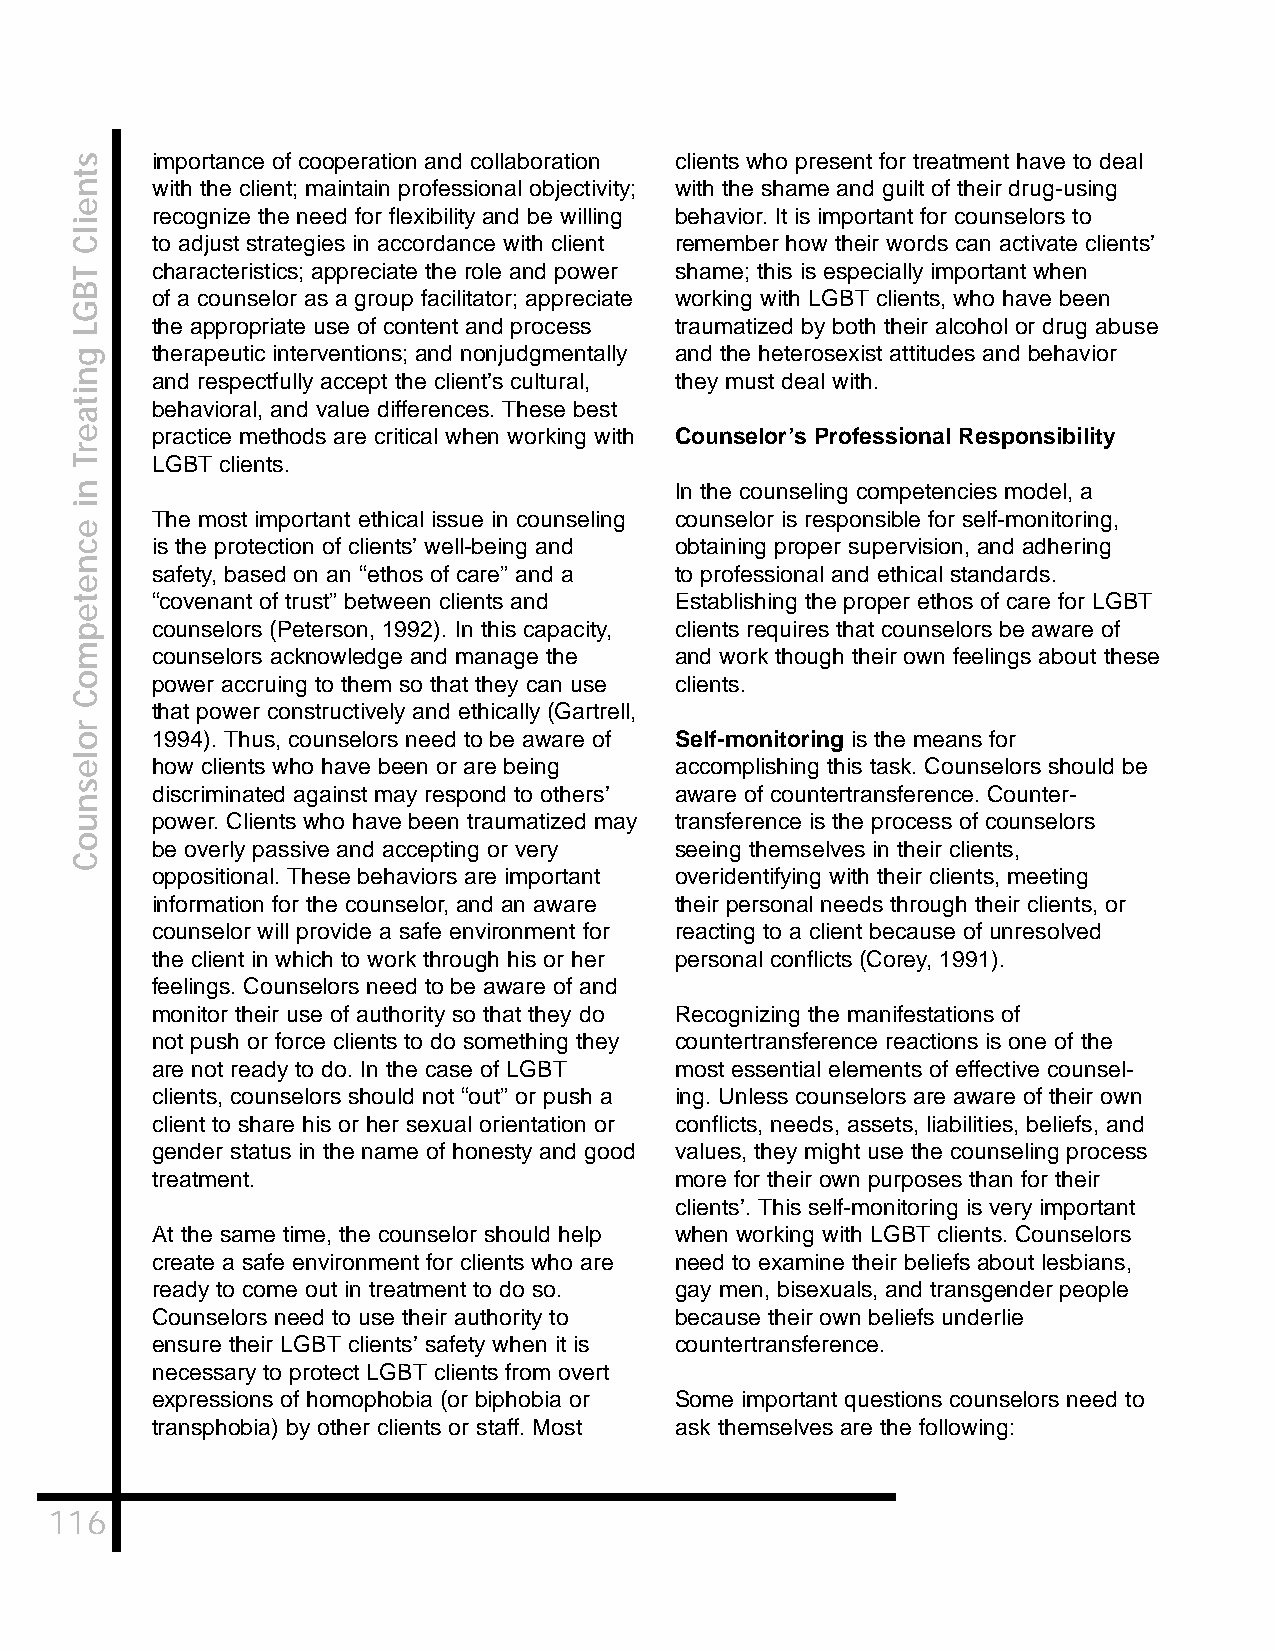
importance of cooperation and collaboration clients who present for treatment have to deal
 with the client; maintain professional objectivity; with the shame and guilt of their drug-using
 recognize the need for flexibility and be willing behavior. It is important for counselors to
 to adjust strategies in accordance with client remember how their words can activate clients’
 characteristics; appreciate the role and power shame; this is especially important when
 of a counselor as a group facilitator; appreciate working with LGBT clients, who have been
 the appropriate use of content and process traumatized by both their alcohol or drug abuse
 therapeutic interventions; and nonjudgmentally and the heterosexist attitudes and behavior
 and respectfully accept the client’s cultural, they must deal with.
 behavioral, and value differences. These best
 practice methods are critical when working with Counselor’s Professional Responsibility
 LGBT clients.
 In the counseling competencies model, a
 The most important ethical issue in counseling counselor is responsible for self-monitoring,
 is the protection of clients’ well-being and obtaining proper supervision, and adhering
 safety, based on an “ethos of care” and a to professional and ethical standards.
 “covenant of trust” between clients and Establishing the proper ethos of care for LGBT
 counselors (Peterson, 1992). In this capacity, clients requires that counselors be aware of
 counselors acknowledge and manage the and work though their own feelings about these
 power accruing to them so that they can use clients.
 that power constructively and ethically (Gartrell,
 1994). Thus, counselors need to be aware of Self-monitoring is the means for
 how clients who have been or are being accomplishing this task. Counselors should be
 discriminated against may respond to others’ aware of countertransference. Counter-
 power. Clients who have been traumatized may transference is the process of counselors
 be overly passive and accepting or very seeing themselves in their clients,
 oppositional. These behaviors are important overidentifying with their clients, meeting
 information for the counselor, and an aware their personal needs through their clients, or
 counselor will provide a safe environment for reacting to a client because of unresolved
 the client in which to work through his or her personal conflicts (Corey, 1991).
 feelings. Counselors need to be aware of and
 monitor their use of authority so that they do Recognizing the manifestations of
 not push or force clients to do something they countertransference reactions is one of the
 are not ready to do. In the case of LGBT most essential elements of effective counsel-
 clients, counselors should not “out” or push a ing. Unless counselors are aware of their own
 client to share his or her sexual orientation or conflicts, needs, assets, liabilities, beliefs, and
 gender status in the name of honesty and good values, they might use the counseling process
 treatment.                         more for their own purposes than for their
 clients’. This self-monitoring is very important
 At the same time, the counselor should help when working with LGBT clients. Counselors
 create a safe environment for clients who are need to examine their beliefs about lesbians,
 ready to come out in treatment to do so. gay men, bisexuals, and transgender people
 Counselors need to use their authority to because their own beliefs underlie
 ensure their LGBT clients’ safety when it is countertransference.
 necessary to protect LGBT clients from overt
 expressions of homophobia (or biphobia or Some important questions counselors need to
 transphobia) by other clients or staff. Most ask themselves are the following:
 116
 stneilC
 TBGL
 gnitaerT
 ni
 ecnetepmoC
 rolesnuoC